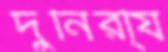
দুর্নিরী্য